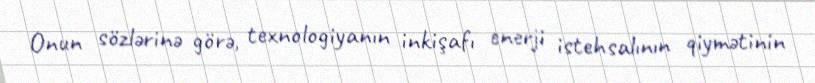
Onun sözlərinə görə, texnologiyanın inkişafı enerji istehsalının qiymətinin